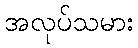
အလုပ်သမား